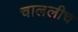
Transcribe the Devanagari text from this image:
चाललीच